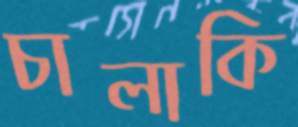
চালাকি